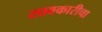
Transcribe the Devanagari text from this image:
सावकारीचा